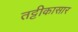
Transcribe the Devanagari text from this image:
तट्टीकासार